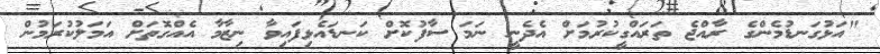
"އަޅުގަނޑުމެންގެ ރާއްޖެ ތަރައްގީކުރުމަށް އެދެނީ ނަމަ ސާފުކޮށް ކަނޑައެޅިފައިވާ ނިޒާމާ އެއްގޮތަށް އަމަލުކުރަމުން